Annual report of the Camel Specialist
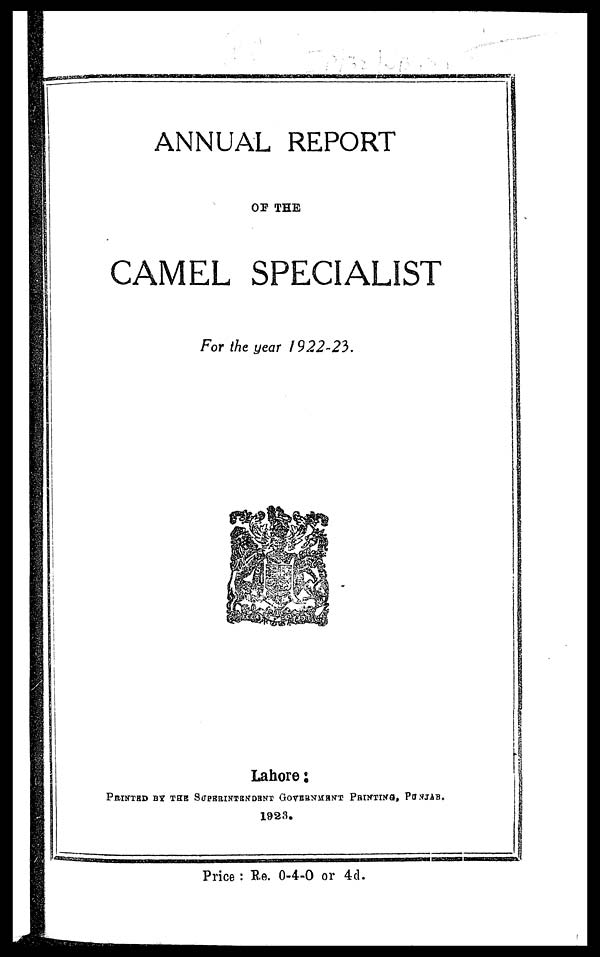
ANNUAL REPORT
OF THE
CAMEL SPECIALIST
For the year 1922-23.
Lahore :
PRINTED BY THE SUPERINTENDENT GOVERNMENT PRINTING, PUNJAB.
1923.
Price : Re. 0-4-0 or 4d.